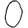
Digit: 0